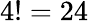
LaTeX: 4!=24